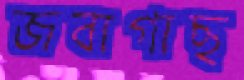
জবাগাছ